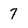
Character: 7